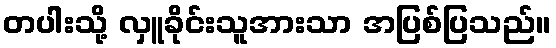
တပါးသို့ လှူခိုင်းသူအားသာ အပြစ်ပြသည်။